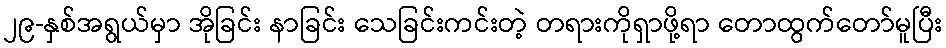
၂၉-နှစ်အရွယ်မှာ အိုခြင်း နာခြင်း သေခြင်းကင်းတဲ့ တရားကိုရှာဖို့ရာ တောထွက်တော်မူပြီး